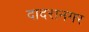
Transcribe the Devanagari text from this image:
दादरानगर